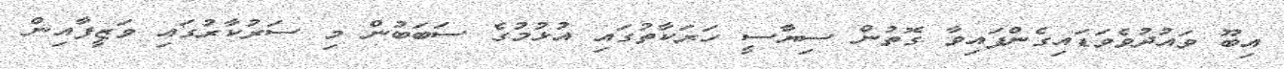
އިބޫ ވައުދުވެވަޑައިގެންފައިވާ ގޮތުން ސިޔާސީ ހަރަކާތުގައި އުޅުމުގެ ސަބަބުން މި ސަރުކާރުގައި ވަޒީފާއިން